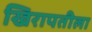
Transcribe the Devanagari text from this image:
खिरापतीला